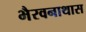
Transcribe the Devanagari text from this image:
भैरवनाथास